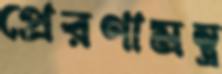
প্রেরণামন্ত্র